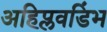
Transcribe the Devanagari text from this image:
अहिप्लवडिंभ